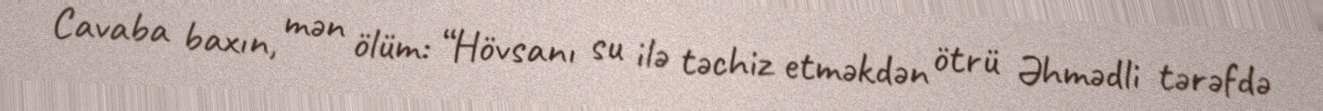
Cavaba baxın, mən ölüm: “Hövsanı su ilə təchiz etməkdən ötrü Əhmədli tərəfdə